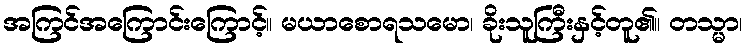
အကြင်အကြောင်းကြောင့်။ မယာစောရသမော၊ ခိုးသူကြီးနှင့်တူ၏။ တသ္မာ၊